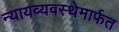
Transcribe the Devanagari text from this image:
न्यायव्यवस्थेमार्फत